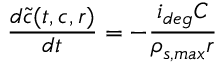
\frac { d \tilde { c } ( t , c , r ) } { d t } = - \frac { i _ { d e g } C } { \rho _ { s , m a x } r }